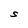
Character: S